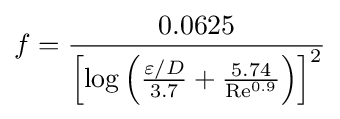
f={\frac {0.0625}{\left[\log \left({\frac {\varepsilon /D}{3.7}}+{\frac {5.74}{\mathrm {Re} ^{0.9}}}\right)\right]^{2}}}